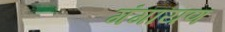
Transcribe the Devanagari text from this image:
गंगायण